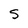
Character: S